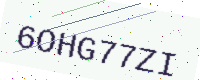
Text: 6OHG77ZI